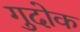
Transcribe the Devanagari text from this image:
गुदोक